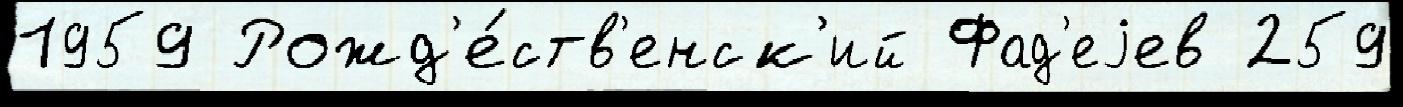
1959 Рожд'е́ств'енск'ий Фад'еjев 259